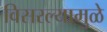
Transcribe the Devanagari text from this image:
विसरल्यामुळे